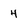
Character: 4